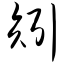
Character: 矧